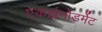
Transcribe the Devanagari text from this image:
एकाईनोडर्मेट